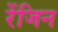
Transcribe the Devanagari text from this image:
रेंजिन